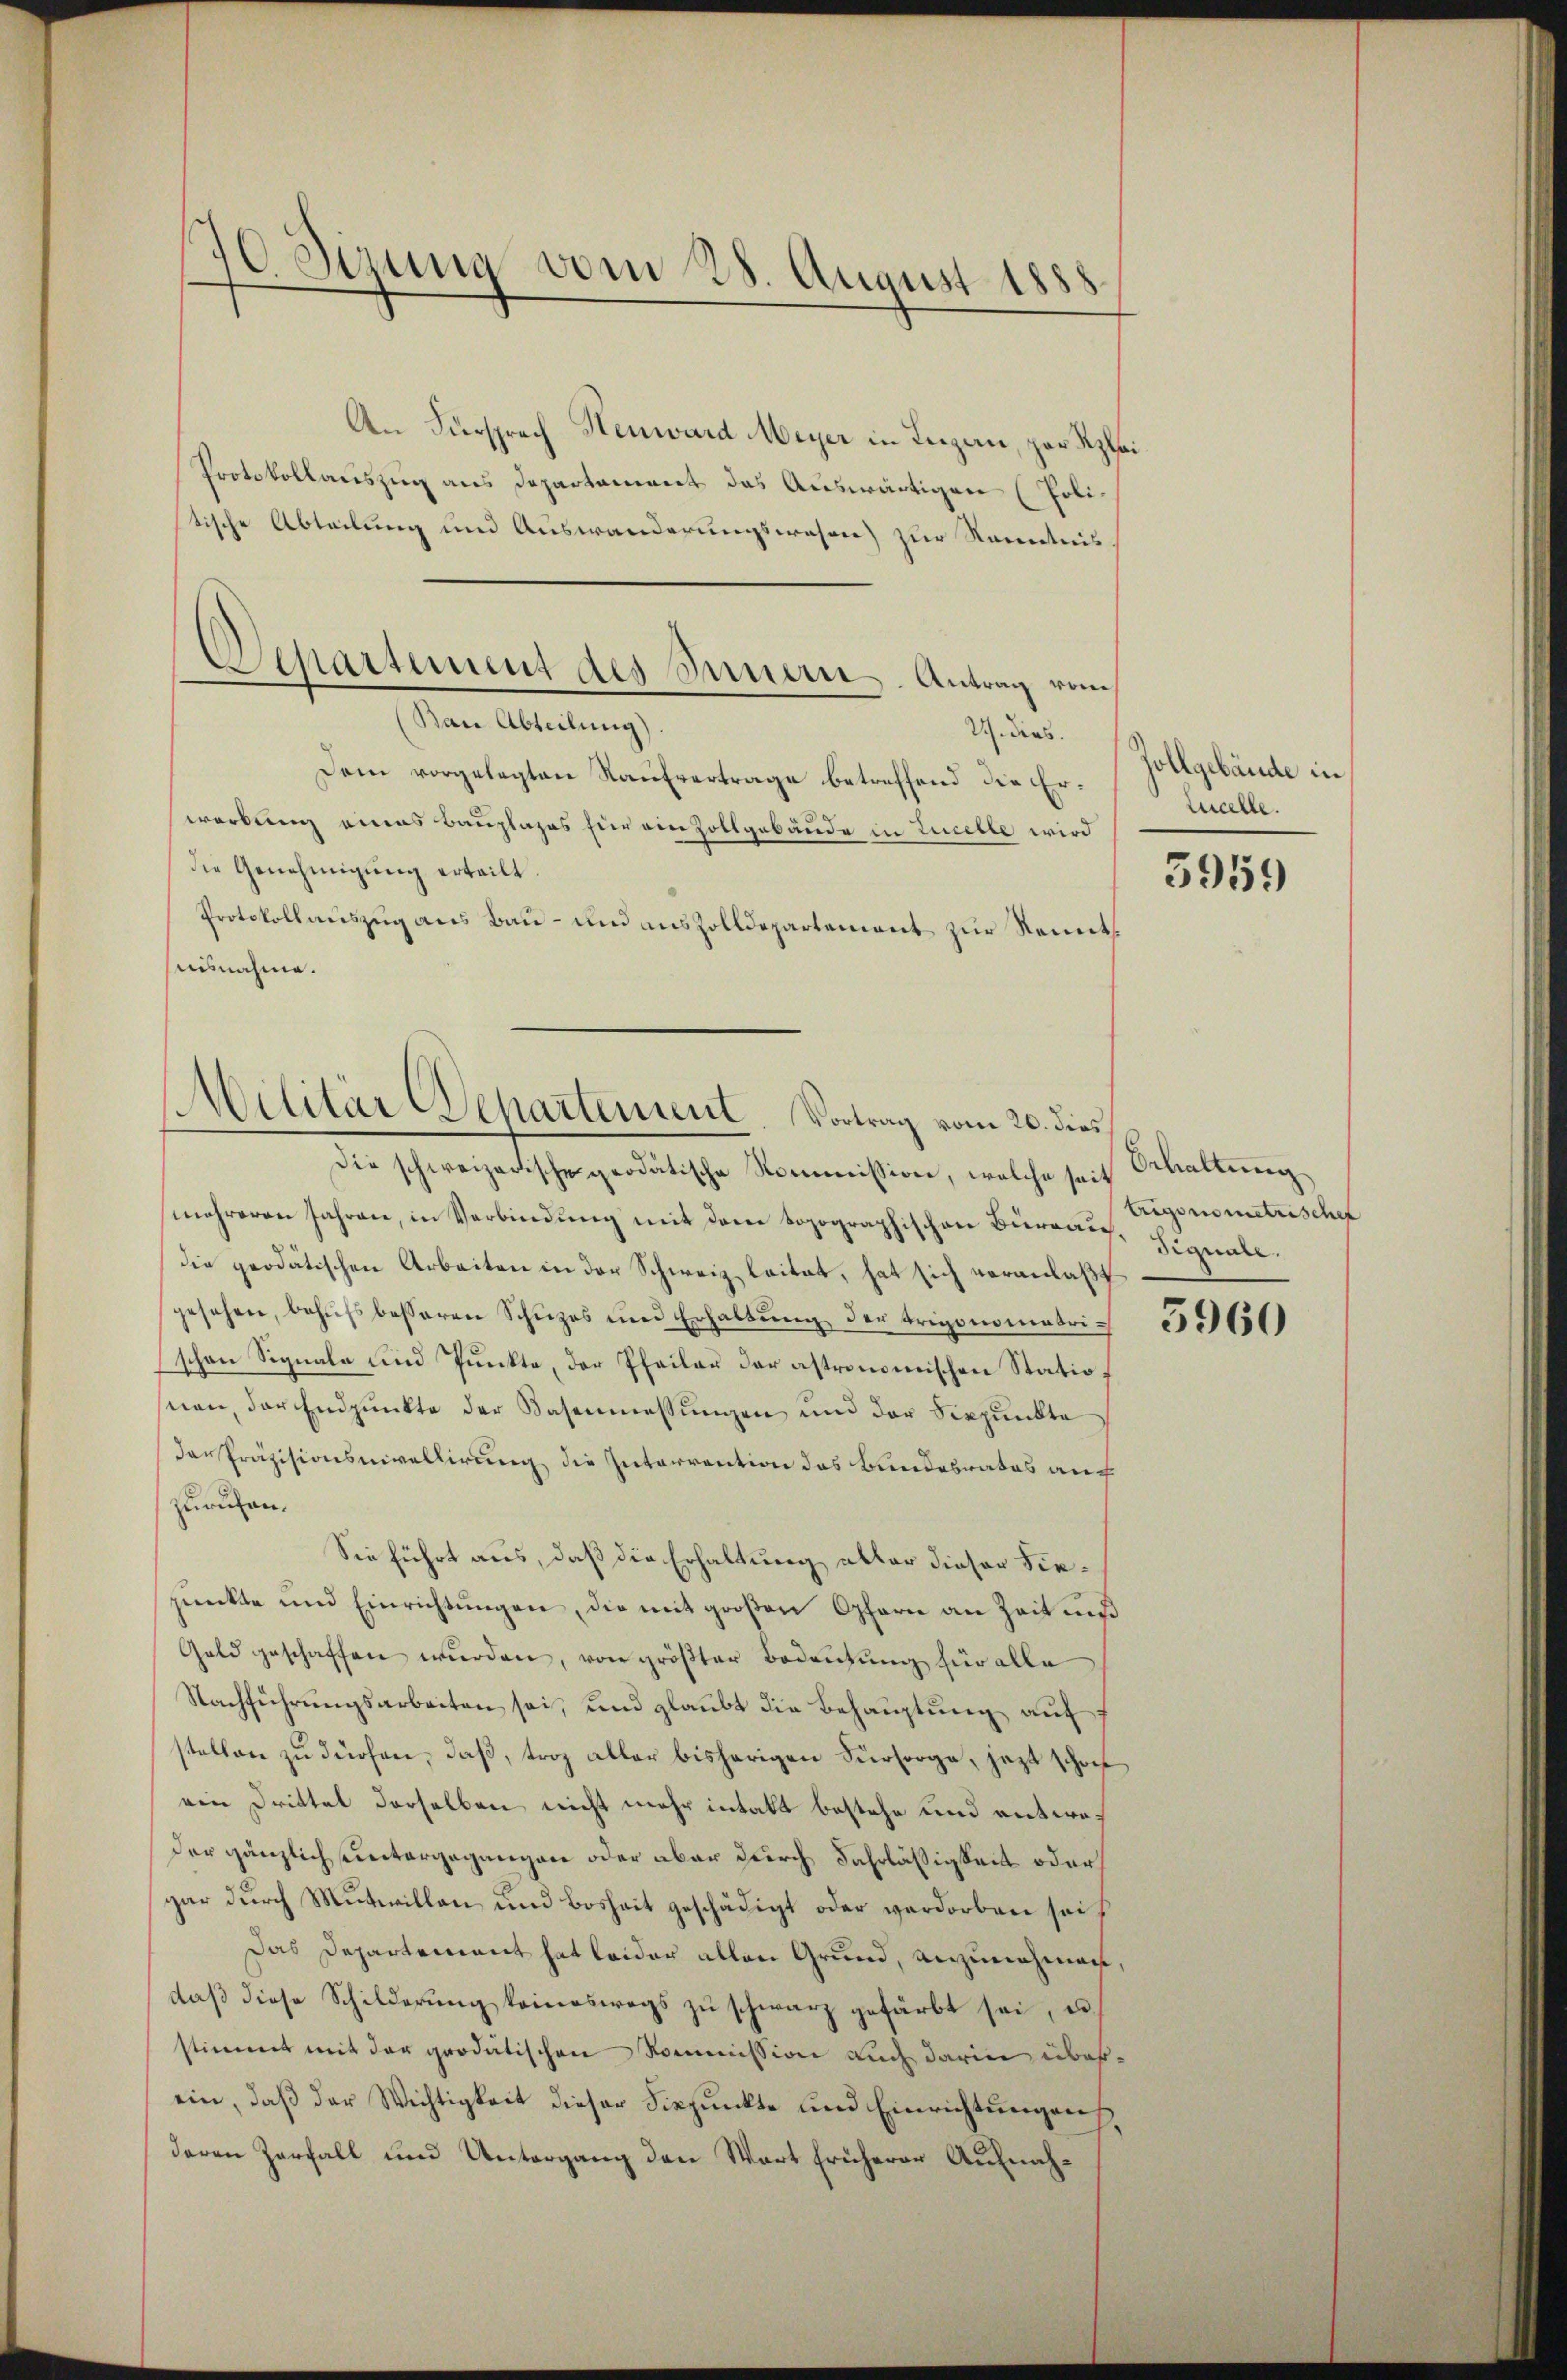
70 Sirung vom 28. August 1888

An Fürsprech Henward Meyer in Leigen, per Spei
Protokollauszug aus Departement das Auswärtigen (Polistische Abteilung und Auswanderungswahren) zur Kenntnis
Dem vorgelegten Kaufvertrage betreffend die Erwerbung eines Bauplages für ein Zollgebäude in Lucelle wird
die Genehmigung erteilt.
Protokollauszug aus Bau- und auszolldepartement zur Renntausnahme.

Separtement des Innern. Antrag vom
Bare Abteilung).

Militär Departenient. Vortrag vom 20. dies

Die schweizerische geodätische Kommission, welche seit Schaltung
mehreren Jahren, in Verbindung mit dem topographischen Bierraus, Signale.
die prodätischen Arbeiten in der Schweiz leitet, hat sich veranlaßt
gesehen, behŭfs besseren Schüzes und Erhaltŭng der Trigonometrischen Signale und Punkte, der Pfeilau der astronomischen Statio
snen, der Endpunkte der Basenmessungen und der Sippŭnkte
der Präzisionsnivellirung die Interrention das Kundesrates auch
zurücken.
Sie führt aus, daß die Erhaltung aller dieser diepŭnkte und Einrichtŭngen, die mit großen Opfern an Zeit ni
Geld geschaffen wurden, von größter Bedeutung für alle
Nachführŭngsarbeiten sei, und glaubt die Behauptung auf
stellen zu dürfen, daß, troz aller bisherigen Fürsorge, jezt schon
ein Drittel derselben nicht mehr intakt bestehe und entweder gänzlich untergegangen oder aber durch Fahrläßigkeit oder
gar durch Mutwillen und Bosheit geschädigt oder verdorben sei,
Das Departement hat leider allen Grund, anzunehmen,
daβ diese Schilderung keineswegs zu schwarz gefärbt sei, es
stimmt mit der grodätischen Kommission auch darin überein, daß der Wichtigkeit dieser Fixpunkte und Einrichtungen,
deren Zerfall und Untergang den Wort früherer Aufnah¬

27. ders. Zollgebäude in
Zucelle.

3959

Erigonometrischer

5960